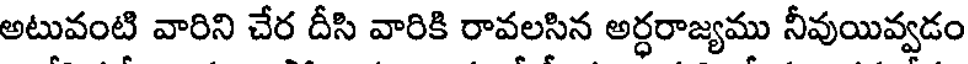
అటువంటి వారిని చేర దీసి వారికి రావలసిన అర్ధరాజ్యము నీవుయివ్వడం